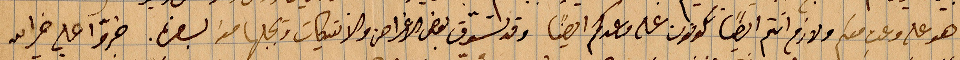
هو علم وعت معكم ولازم انتم ايضًا تكونون على وعدكم ايَصا وقد تسوق بعض الإغراق من الانتيكات ويجلبها معه السفر. ...